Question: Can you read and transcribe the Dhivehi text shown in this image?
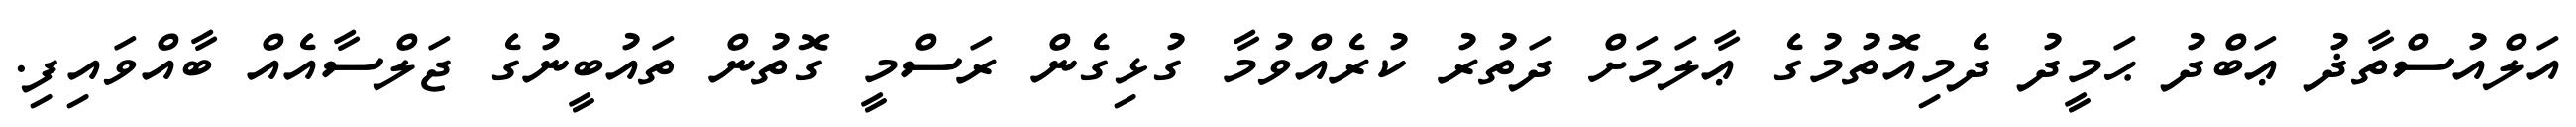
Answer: އަލްއުސްތާޛު ޢަބްދު ޙަމީދު ދެމިއޮތުމުގެ ޢާލަމަށް ދަތުރު ކުރެއްވުމާ ގުޅިގެން ރަސްމީ ގޮތުން ތައުބީނުގެ ޖަލްސާއެއް ބާއްވައިފި.